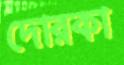
দোরকা